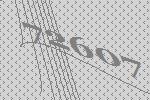
72607